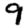
Digit: 9